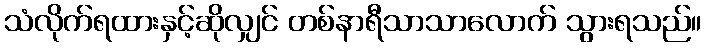
သံလိုက်ရထားနှင့်ဆိုလျှင် တစ်နာရီသာသာလောက် သွားရသည်။